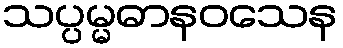
သပ္ပမ္မဓာနဝသေန